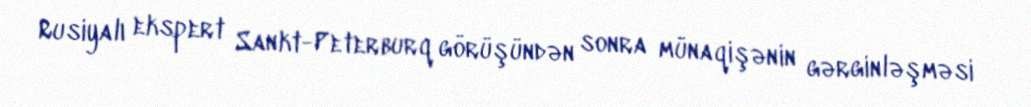
Rusiyalı ekspert Sankt-Peterburq görüşündən sonra münaqişənin gərginləşməsi